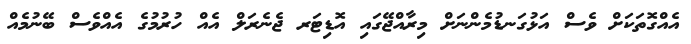
އެއްގޮތަކަށް ވެސް އަޅުގަނޑުމެންނަށް މިރާއްޖޭގައި އޮޑިޓަރ ޖެނެރަލް އެއް ހުރުމުގެ އެއްވެސް ބޭނުމެއް